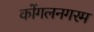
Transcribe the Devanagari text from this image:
कोंगलनगरम